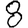
Digit: 8